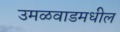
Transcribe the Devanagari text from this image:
उमळवाडमधील